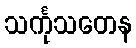
သင်္ကုသတေန